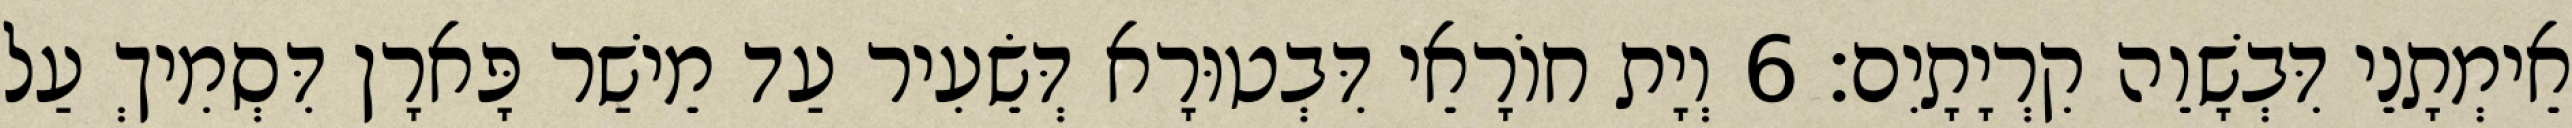
אֵימְתָנֵי דִּבְשָׁוֵה קִרְיָתָיִם׃ 6 וְיָת חוֹרָאֵי דִּבְטוּרָא דְּשֵׂעִיר עַד מֵישַׁר פָּארָן דִּסְמִיךְ עַל